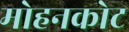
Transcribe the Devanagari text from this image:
मोहनकोट